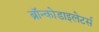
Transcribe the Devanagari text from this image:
ब्रॉन्कोडाइलेटर्स